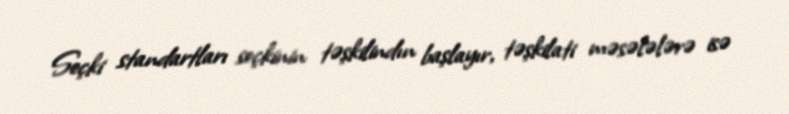
Seçki standartları seçkinin təşkilindın başlayır, təşkilati məsələlərə isə